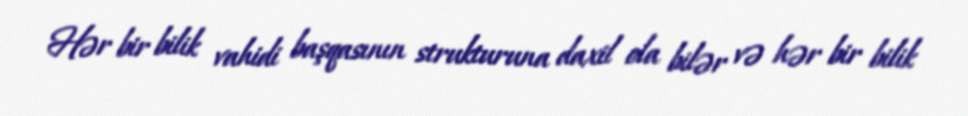
Hər bir bilik vahidi başqasının strukturuna daxil ola bilər və hər bir bilik